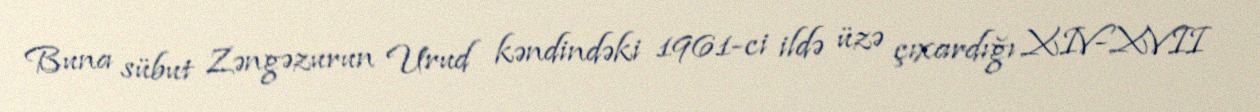
Buna sübut Zəngəzurun Urud kəndindəki 1961-ci ildə üzə çıxardığı XIV-XVII